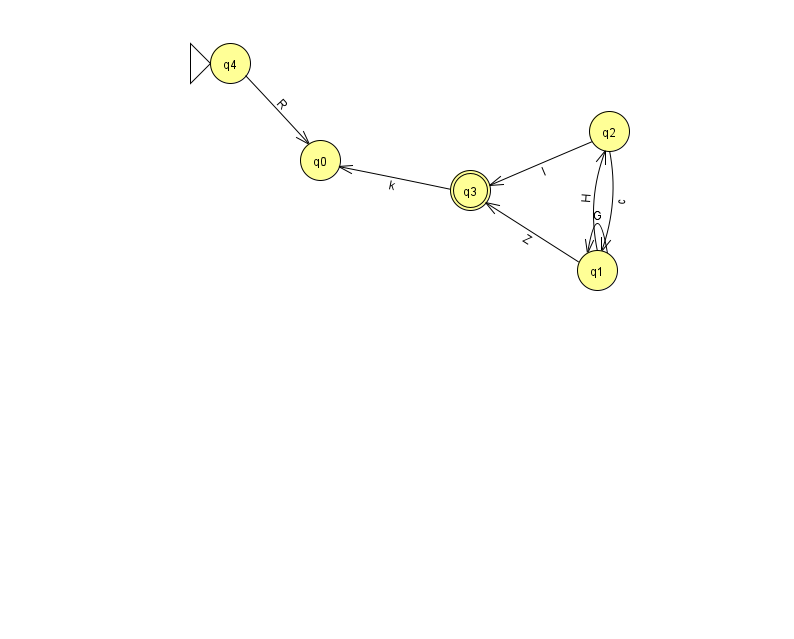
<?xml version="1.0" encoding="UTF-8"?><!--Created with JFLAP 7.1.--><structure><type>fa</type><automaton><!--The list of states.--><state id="0" name="q0"><x>320.0</x><y>147.0</y></state><state id="1" name="q1"><x>597.0</x><y>257.0</y></state><state id="2" name="q2"><x>609.0</x><y>118.0</y></state><state id="3" name="q3"><x>470.0</x><y>177.0</y><final/></state><state id="4" name="q4"><x>230.0</x><y>50.0</y><initial/></state><!--The list of transitions.--><transition><from>2</from><to>1</to><read>c</read></transition><transition><from>4</from><to>0</to><read>R</read></transition><transition><from>3</from><to>0</to><read>k</read></transition><transition><from>1</from><to>1</to><read>G</read></transition><transition><from>1</from><to>2</to><read>H</read></transition><transition><from>1</from><to>3</to><read>Z</read></transition><transition><from>2</from><to>3</to><read>l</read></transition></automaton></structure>